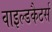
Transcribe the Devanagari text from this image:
वाइल्डकैटर्स